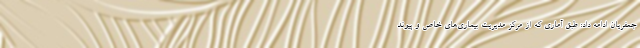
جعفریان ادامه داد: طبق آماری که از مرکز مدیریت بیماری‌های خاص و پیوند